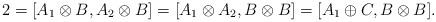
LaTeX: \begin{align*}2=[A_1\otimes B,A_2\otimes B]=[A_1\otimes A_2,B\otimes B]=[A_1\oplus C,B\otimes B].\end{align*}